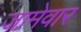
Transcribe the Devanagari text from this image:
जामेवार